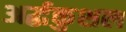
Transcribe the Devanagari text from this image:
अर्द्धकुशल